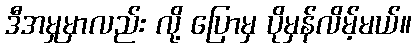
ဒီအမှုမှာလည်း လို့ ပြောမှ ပိုမှန်လိမ့်မယ်။